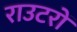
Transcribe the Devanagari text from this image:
राउटरों